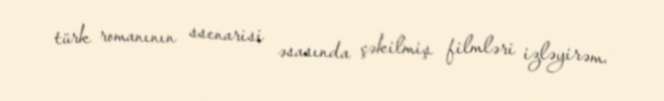
türk romanının ssenarisi əsasında çəkilmiş filmləri izləyirəm.